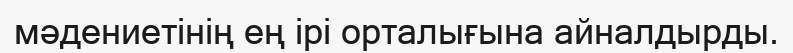
мәдениетінің ең ірі орталығына айналдырды.